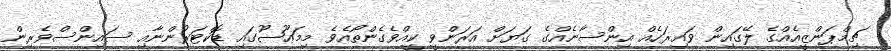
ޗިމްޕަންޒީއެއްގެ ލޭގައިން ވައިރަހެއް އިންސާނެއްގެ ގަޔަށް އަރަންވީ ކީއްވެގެންތޯއެވެ މިމަޢޫޟޫގައި ޑޮކްޓަރުންނާއި ސައިންސްވެރިން